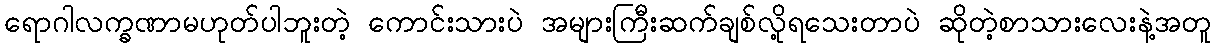
ရောဂါလက္ခဏာမဟုတ်ပါဘူးတဲ့ ကောင်းသားပဲ အများကြီးဆက်ချစ်လို့ရသေးတာပဲ ဆိုတဲ့စာသားလေးနဲ့အတူ